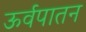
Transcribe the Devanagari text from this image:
ऊर्वपातन